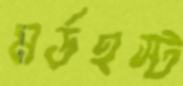
মর্ডহস্ট